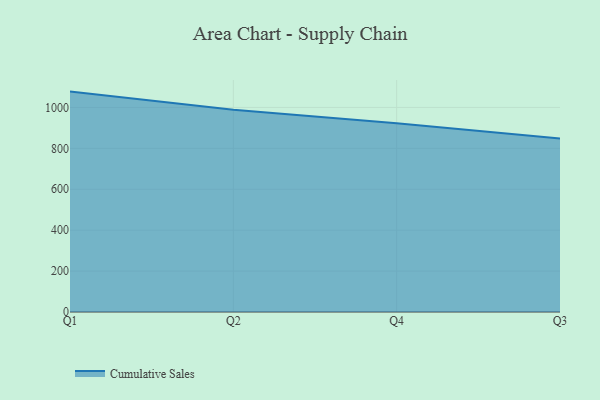
{"axis": {"x": "Quarter", "y": "Customer Acquisition Cost (USD)"}, "legend": ["Cumulative Sales"], "data": [{"x": "Q1", "y": 1077.3, "type": "Cumulative Sales"}, {"x": "Q2", "y": 988.2, "type": "Cumulative Sales"}, {"x": "Q4", "y": 922.4, "type": "Cumulative Sales"}, {"x": "Q3", "y": 847.5, "type": "Cumulative Sales"}]}